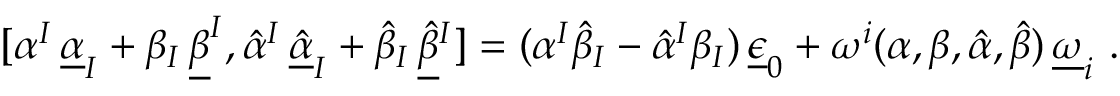
[ \alpha ^ { I } \, \underline { { { \alpha } } } _ { I } + \beta _ { I } \, \underline { { { \beta } } } ^ { I } , \hat { \alpha } ^ { I } \, \underline { { { \hat { \alpha } } } } _ { I } + \hat { \beta } _ { I } \, \underline { { { \hat { \beta } } } } { } ^ { I } ] = ( \alpha ^ { I } \hat { \beta } _ { I } - \hat { \alpha } ^ { I } \beta _ { I } ) \, \underline { { { \epsilon } } } _ { 0 } + \omega ^ { i } ( \alpha , \beta , \hat { \alpha } , \hat { \beta } ) \, \underline { { { \omega } } } _ { i } \ .